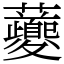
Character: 𧅄